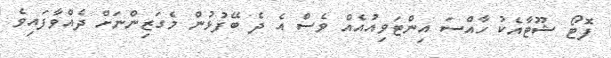
ފޮޓޯ ޝޫޓާއެކު ހާއްސަ އިންޓަވިއުއެއް ވެސް އެ ދެ ބޭފުޅުން މެގަޒިންނަށް ދެއްވާފައިވެ